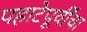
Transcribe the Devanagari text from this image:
पहाटेपूर्वींचा